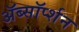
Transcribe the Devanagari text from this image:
ॲब्सॉर्प्शन